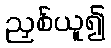
ညှစ်ယူ၍